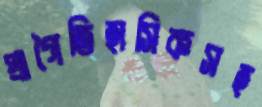
প্রাগৈতিহাসিকসহ